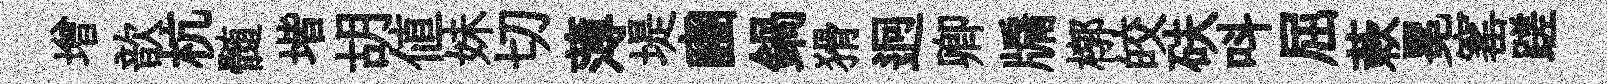
增歆杭髄堦胡値妹切薄堤豳鍋猾迥卿牖槨皎砆呌屈蔌冕窰蹉